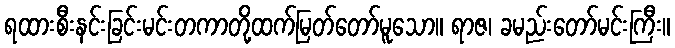
ရထားစီးနင်းခြင်းမင်းတကာတို့ထက်မြတ်တော်မူသော။ ရာဇ၊ ခမည်းတော်မင်းကြီး။